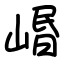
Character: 㟭